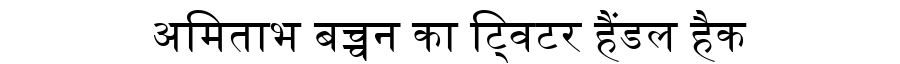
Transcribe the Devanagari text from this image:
अमिताभ बच्चन का ट्विटर हैंडल हैक